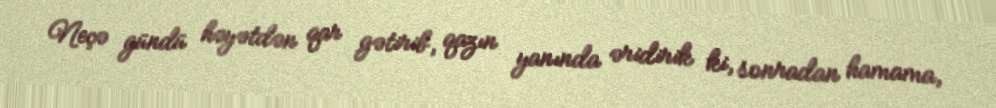
Neçə gündü həyətdən qar gətirib, qazın yanında əridirik ki, sonradan hamama,